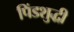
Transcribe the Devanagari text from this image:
पिंडशुद्धी